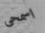
اسمحى